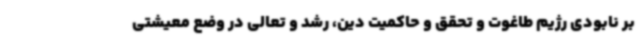
بر نابودی رژیم طاغوت و تحقق و حاکمیت دین، رشد و تعالی در وضع معیشتی